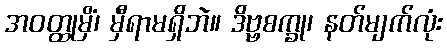
အဝတ္ထုမှိံ၊ မှီရာမရှိဘဲ။ ဒိဗ္ဗစက္ခု၊ နတ်မျက်လုံး